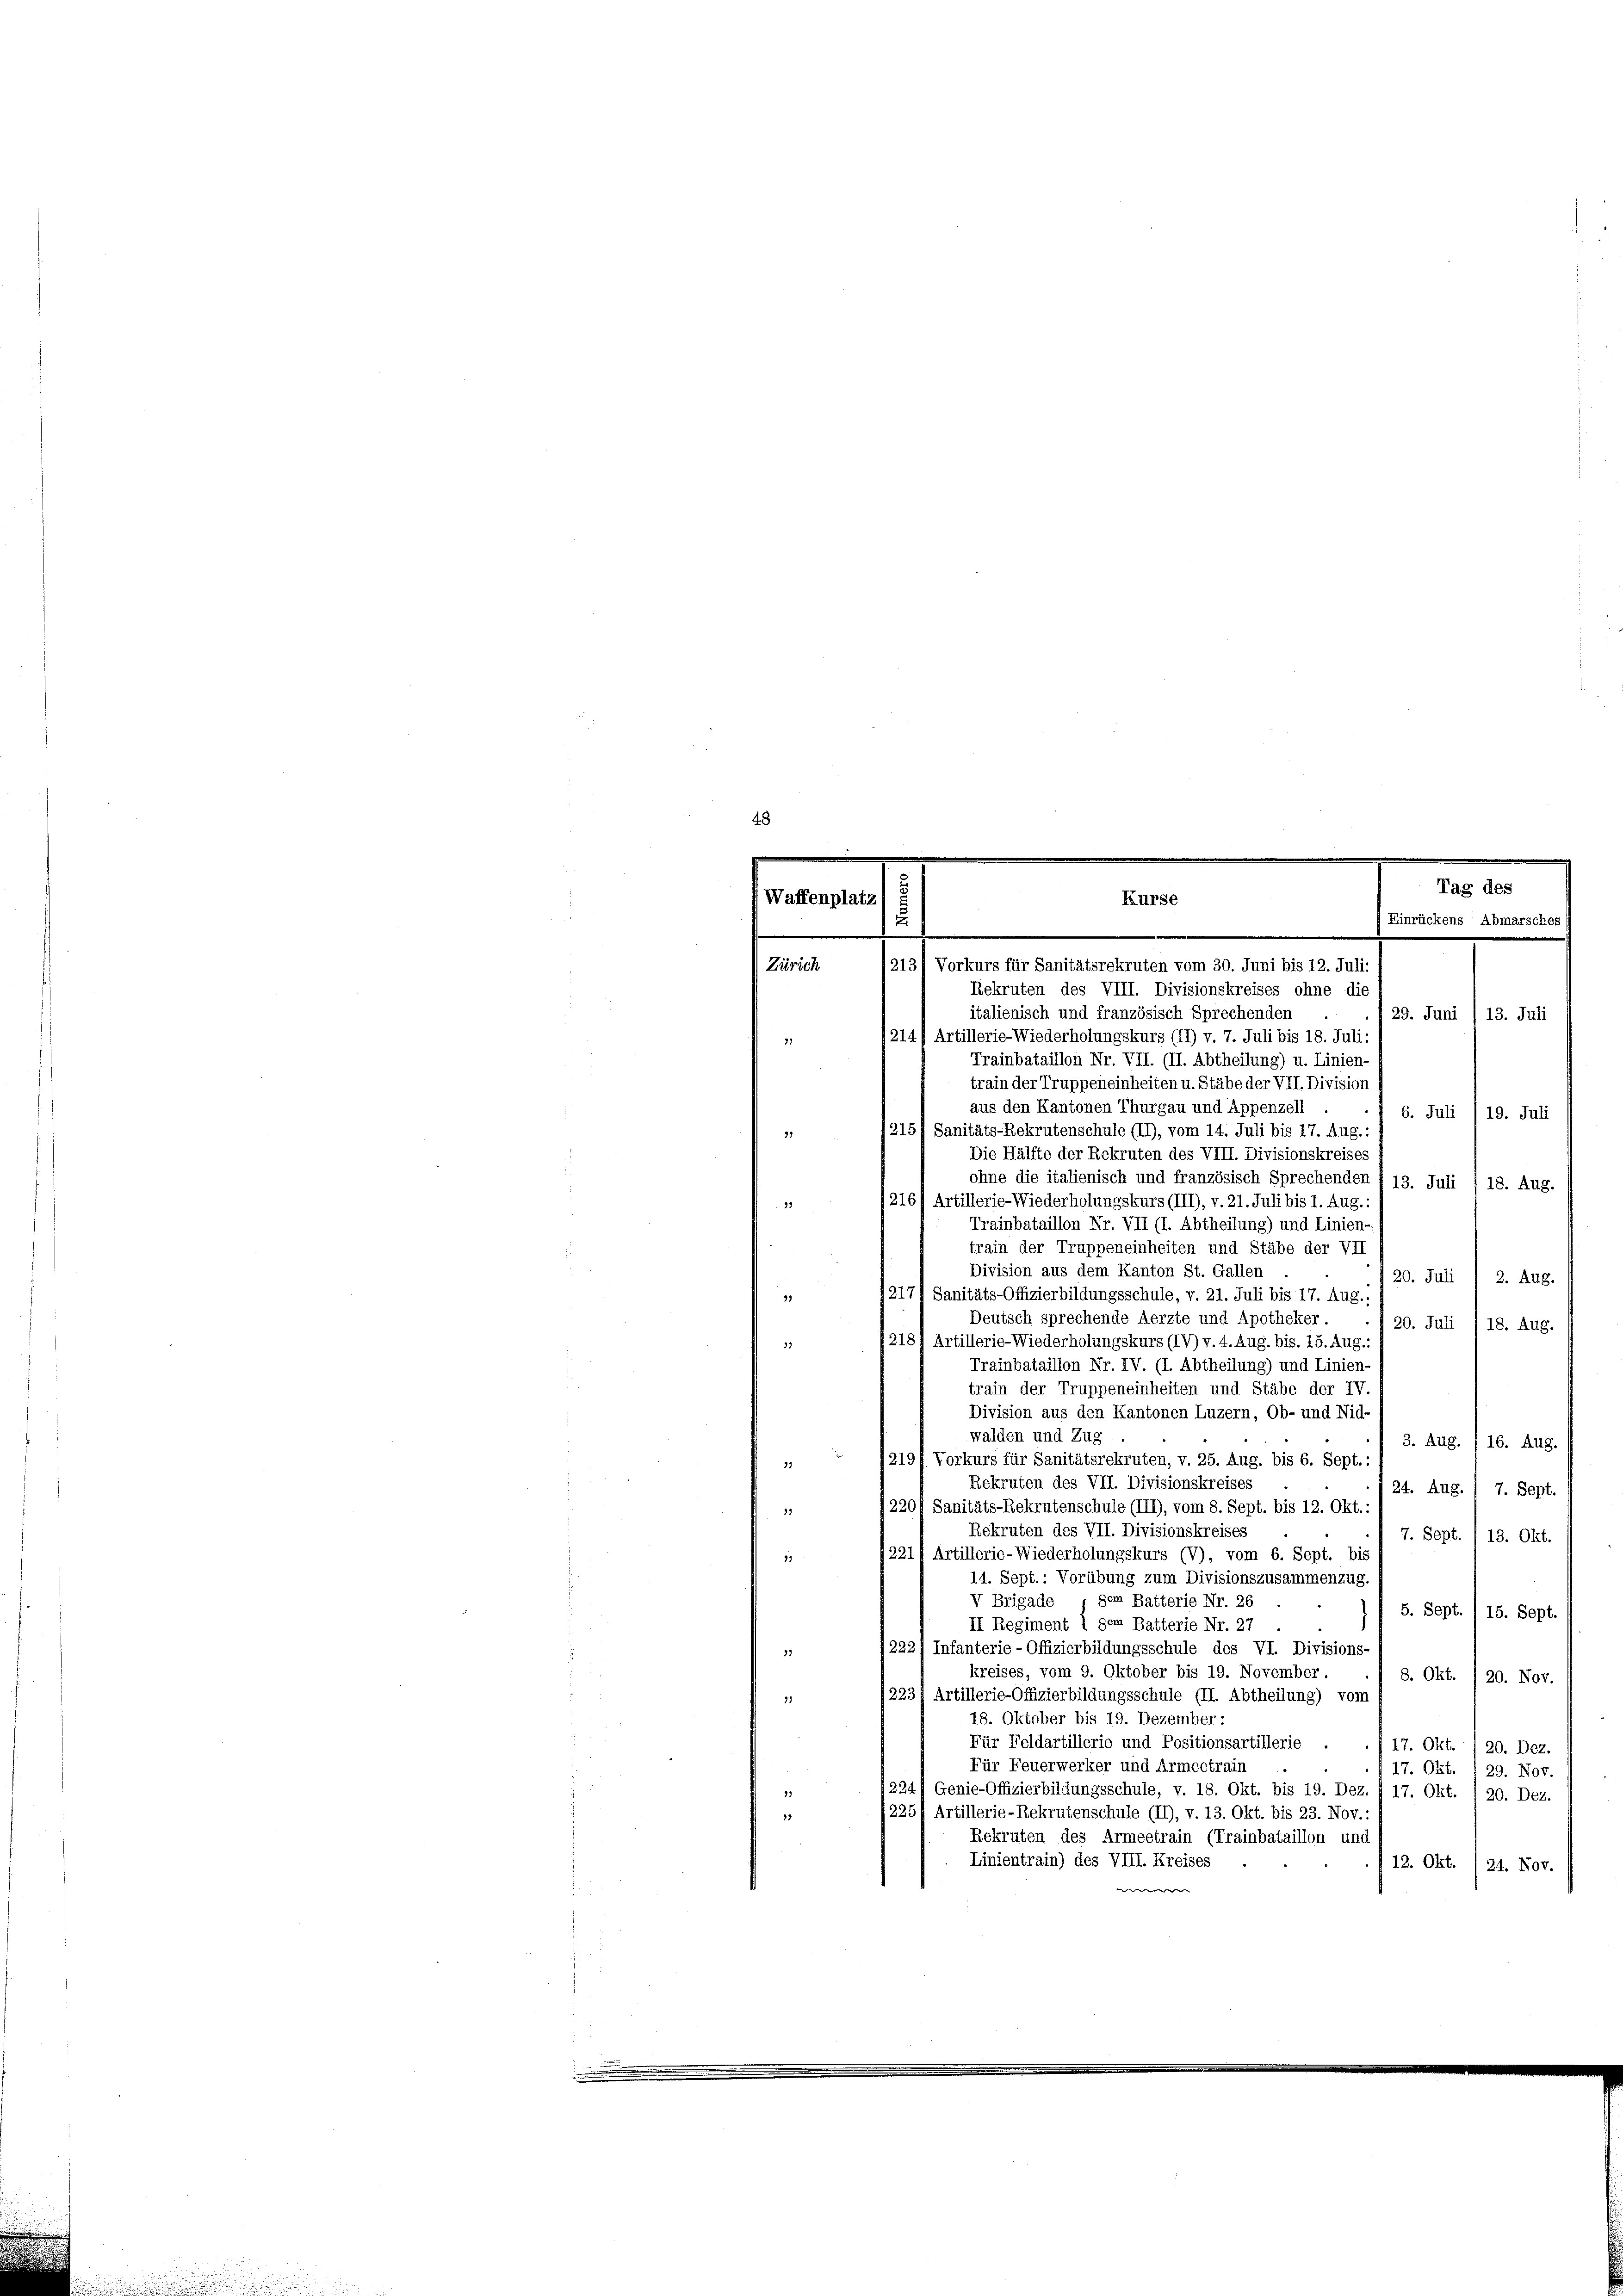
Waffenplatz

Kurse
Einrückens Abmarsches
/213/ Vorkurs für Sanitätsrekruten vom 30. Juni bis 12. Juli.

.
Tag des

Zürich
Rekruten des VIII. Divisionskreises ohne die
italienisch und französisch Sprechenden
29. Juni / 13. Juli
214, Artillerie-Wiederholungskurs (II) v. 7. Juli bis 18. Juli:
15
Trainbataillon Nr. VII. (II. Abtheilung) u. Linien-
train der Truppeneinheiten u. Stäbe der VII. Division
aus den Kantonen Thurgau und Appenzell
6. Juli
19. Juli
215) Sanitäts-Rekrutenschule (II), vom 14. Juli bis 17. Aug.
21
Die Hälfte der Rekruten des VIII. Divisionskreise.
ohne die italienisch und französisch Sprechenden § 13. Juli / 18. Aug.
1216) Artillerie-Wiederholungskurs (III), v. 21. Juli bis 1. Aug.
23
Trainbataillon Nr. VII (I. Abtheilung) und Linien-
train der Truppeneinheiten und Stäbe der VII
Division aus dem Kanton St. Gallen
20. Juli 1 2. Aug.
12171 Sanitäts-Offizierbildungsschule, v. 21. Juli bis 17. Aug.,
Deutsch sprechende Aerzte und Apotheker.
20. Juli 18. Aug.
2181 Artillerie-Wiederholungskurs (IV) v. 4. Aug. bis. 15. Aug.:
Trainbataillon Nr. IV. (I. Abtheilung) und Linien-
train der Truppeneinheiten und Stäbe der IV
Division aus den Kantonen Luzern, Ob- und Nid-
walden und Zug
3. Aug. /16. Aug.
 1219/ Vorkurs für Sanitätsrekruten, v. 25. Aug. bis 6. Sept.:
Rekruten des VII. Divisionskreises
24. Aug. / 7. Sept.
220/ Sanitäts-Rekrutenschule (III), vom 8. Sept. bis 12. Okt.:
2
Rekruten des VII. Divisionskreises
7. Sept./13. Okt.
9221, Artillerie-Wiederholungskurs (V), vom 6. Sept. bis
1
14. Sept.: Vorübung zum Divisionszusammenzug.
V Brigade , dem Batterie Nr. 26
5. Sept
15. Sept.
II Regiment 1 dem Batterie Nr. 27
222/ Infanterie-Offizierbildungsschule des VI. Divisions-
33
kreises, vom 9. Oktober bis 19. November.
8. Okt./20. Nov.
12231 Artillerie-Offizierbildungsschule (II. Abtheilung) vom
31
18. Oktober bis 19. Dezember:
Für Feldartillerie und Positionsartillerie
17. Okt./20. Dez.
Für Feuerwerker und Armeetrain
17. Okt. 129. Nov.
224) Genie-Offizierbildungsschule, v. 18. Okt. bis 19. Dez. I 17. Okt.
20. Dez.
225) Artillerie-Rekrutenschule (II), v. 13. Okt. bis 23. Nov.:
Rekruten des Armeetrain (Trainbataillon und
Linientrain) des VIII. Kreises
12. Okt. (24. Nov.
 |